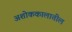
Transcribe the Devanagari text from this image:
अशोककालातील